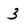
Character: 3